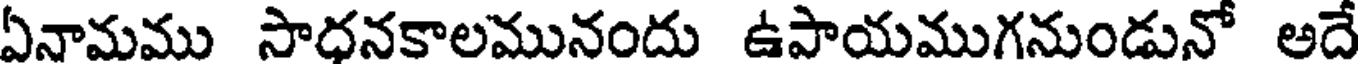
ఏనామము సాధనకాలమునందు ఉపాయముగనుండునో అదే